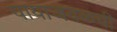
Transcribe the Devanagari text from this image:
पायाजवळची